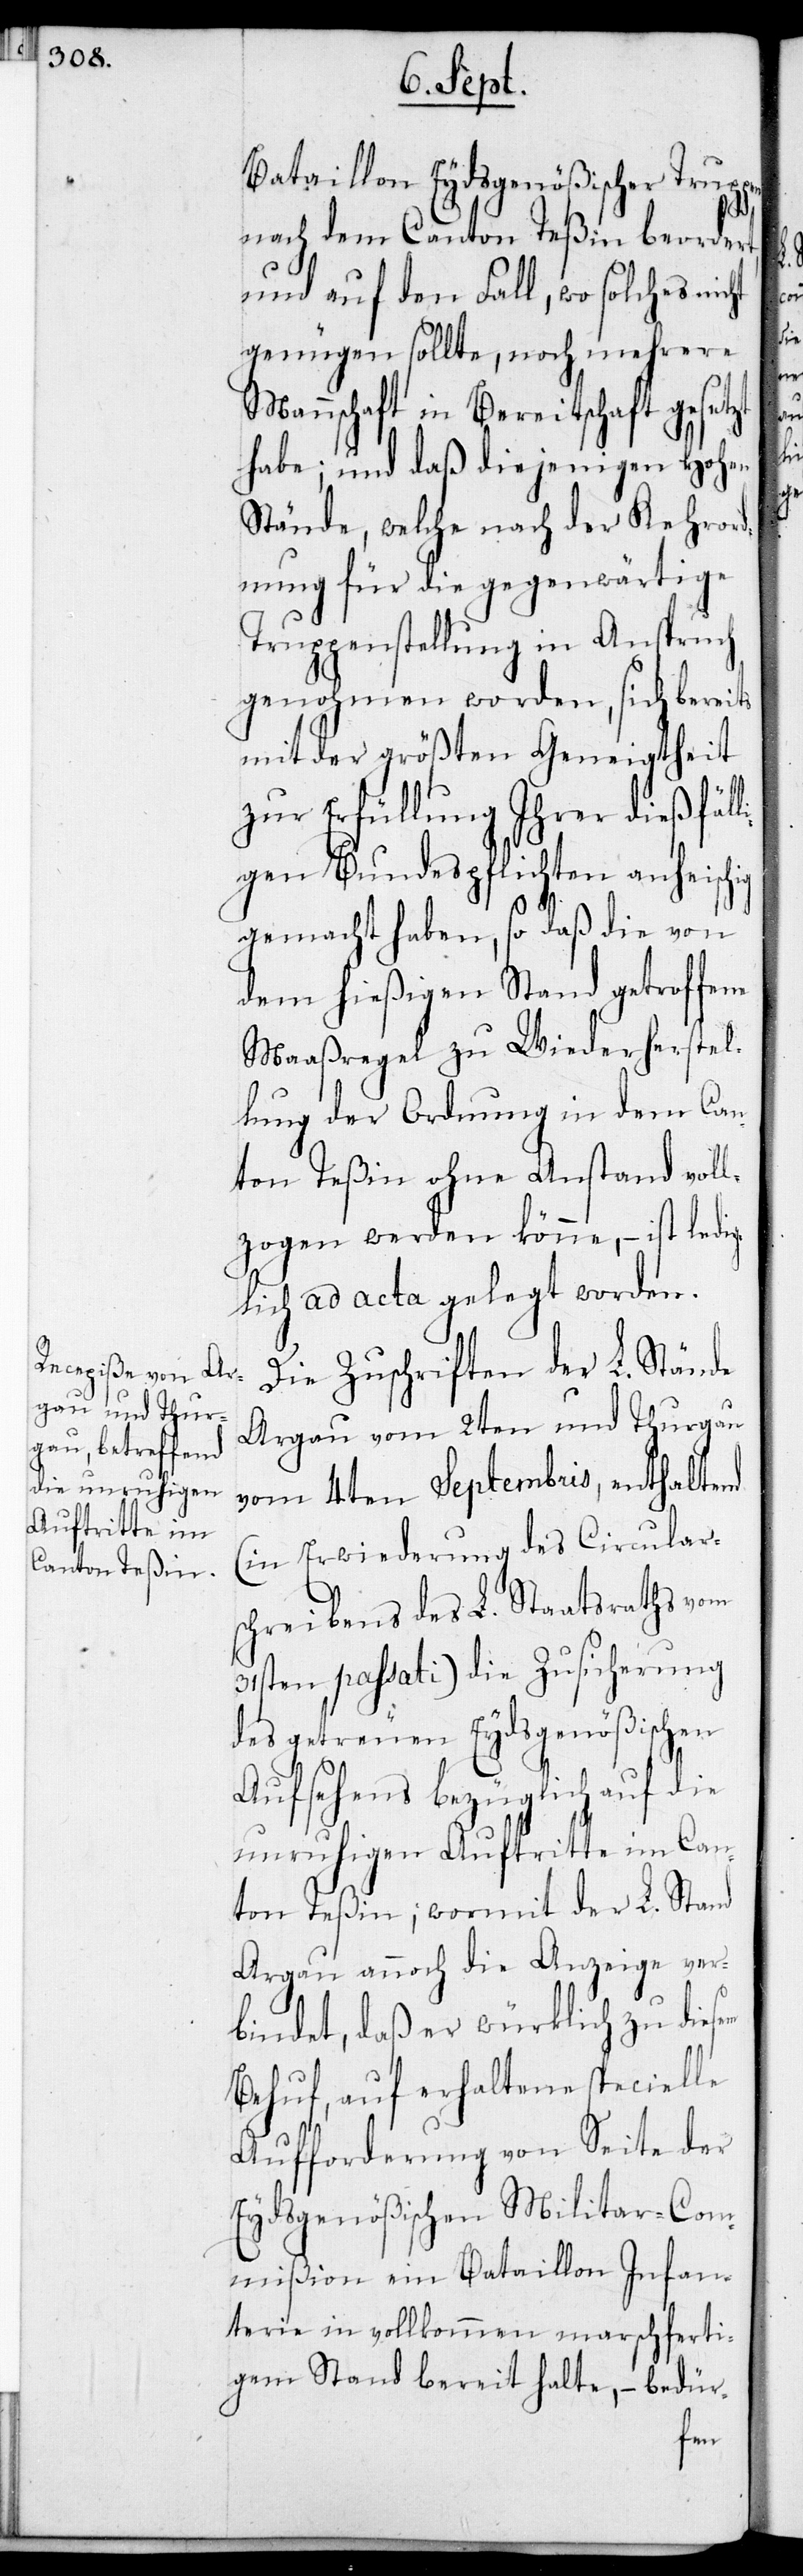
Bataillon Eydsgenößischer Trup¬
nach dem Canton Teßin beordert,
und auf den Fall, wo solches nicht
genügen sollte, noch mehrere
Mannschaft in Bereitschaft gesetzt
habe; und daß diejenigen Hohen
Stände, welche nach der Kehrord¬
nung für die gegenwärtige
Truppenstellung in Anspruch
genohmen worden, sich bereits
mit der größten Geneigtheit
zur Erfüllung Ihrer dießfäll¬
igen Bundespflichten anheisch¬
gemacht haben, so daß die von
dem hießigen Stand getroffene
Maaßregel zu Wiederherstel¬
lung der Ordnung in dem Can¬
ton Teßin ohne Anstand voll¬
zogen werden könne, – ist ledig¬
lich ad acta gelegt worden.
Die Zuschriften der L. Stände
Argau vom 2ten und Thurgau
vom 4ten Septembris, enthaltend
(in Erwiederung des Circulars¬
chreibens des L. Staatsraths vom
31sten passati) die Zusicherung
des getreuen Eydsgenößischen
Aufsehens bezüglich auf die
unruhigen Auftritte im Can¬
ton Teßin; wormit der L. Stand
Argau annoch die Anzeige ver¬
bindet, daß er würklich zu diesem
Behuf, auf erhaltene specielle
Aufforderung von Seite der
Eydsgenößischen Militar-Com¬
mißion ein Bataillon Infan¬
terie in vollkommen marschferti¬
gen Stand bereit halte, – bedür-

ig